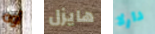
أوه هايزل دارلا